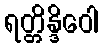
ရတ္တိန္ဒိဝေါ